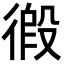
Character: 𢔾